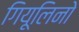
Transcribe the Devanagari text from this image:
गियूलिनो